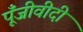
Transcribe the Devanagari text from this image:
पूँजीवीदी